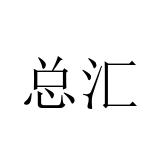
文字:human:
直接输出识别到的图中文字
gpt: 总汇